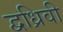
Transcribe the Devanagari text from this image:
द्वध्रिवी